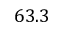
6 3 . 3